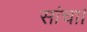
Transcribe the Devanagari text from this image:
सांचा।